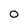
Character: 0